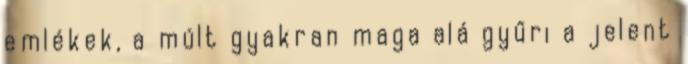
emlékek, a múlt gyakran maga alá gyűri a jelent